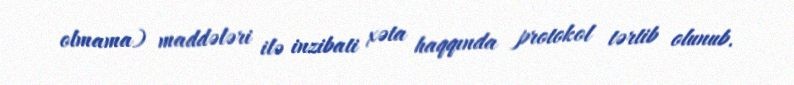
olmama) maddələri ilə inzibati xəta haqqında protokol tərtib olunub.